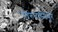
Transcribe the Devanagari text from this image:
तिरुवान्मियूर